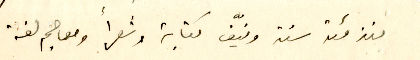
منذ مئة سنة ونيّف كتابة وشعراً ومعاجم لغة